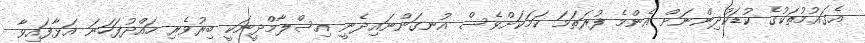
އެގައުމުތަކުގެ ކުޑަކުދިންނަށް އެންމެ ފުރަތަމަ ކަމަކަށްވެސް އުނގަންނައިދެނީ އިސްލާމްދީނަކީ ބިރުވެރި ހައްދުފަހަނަ އަޅާފައިވާ